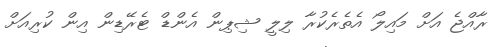
ރާއްޖެ އަށް މައިލޯ އެތެރެކުރާ ލިލީ ޝިޕިން އެންޑް ޓެރޭޑިން އިން ކުރިއަށް